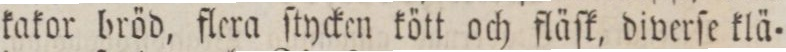
kakor bröd, flera ſtycken kött och fläſk, diverſe klä=